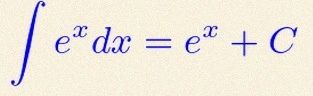
\int e^x dx=e^x+C